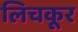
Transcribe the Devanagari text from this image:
लिचकूर